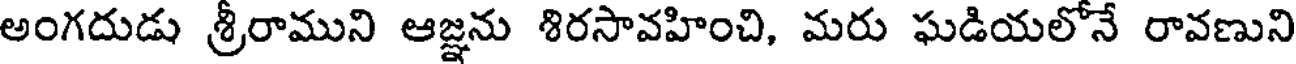
అంగదుడు శ్రీరాముని ఆజ్ఞను శిరసావహించి, మరు ఘడియలోనే రావణుని